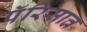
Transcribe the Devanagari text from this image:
पॅरिसात